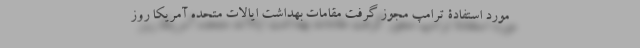
مورد استفادۀ ترامپ مجوز گرفت مقامات بهداشت ایالات متحده آمریکا روز